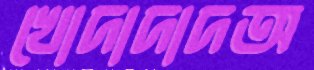
খোদাদাদঅ